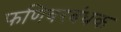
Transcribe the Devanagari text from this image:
फणिवरबंधक